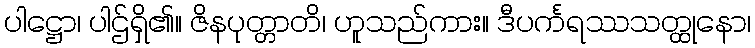
ပါဋ္ဌော၊ ပါဌ်ရှိ၏။ ဇိနပုတ္တာတိ၊ ဟူသည်ကား။ ဒီပင်္ကရဿသတ္ထုနော၊